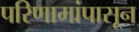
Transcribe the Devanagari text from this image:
परिणामांपासून